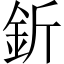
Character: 釿